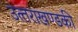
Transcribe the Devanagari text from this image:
उत्‍तराखण्‍डकी